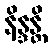
နိန္ဒန္တိ